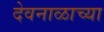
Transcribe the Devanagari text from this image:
देवनाळाच्या